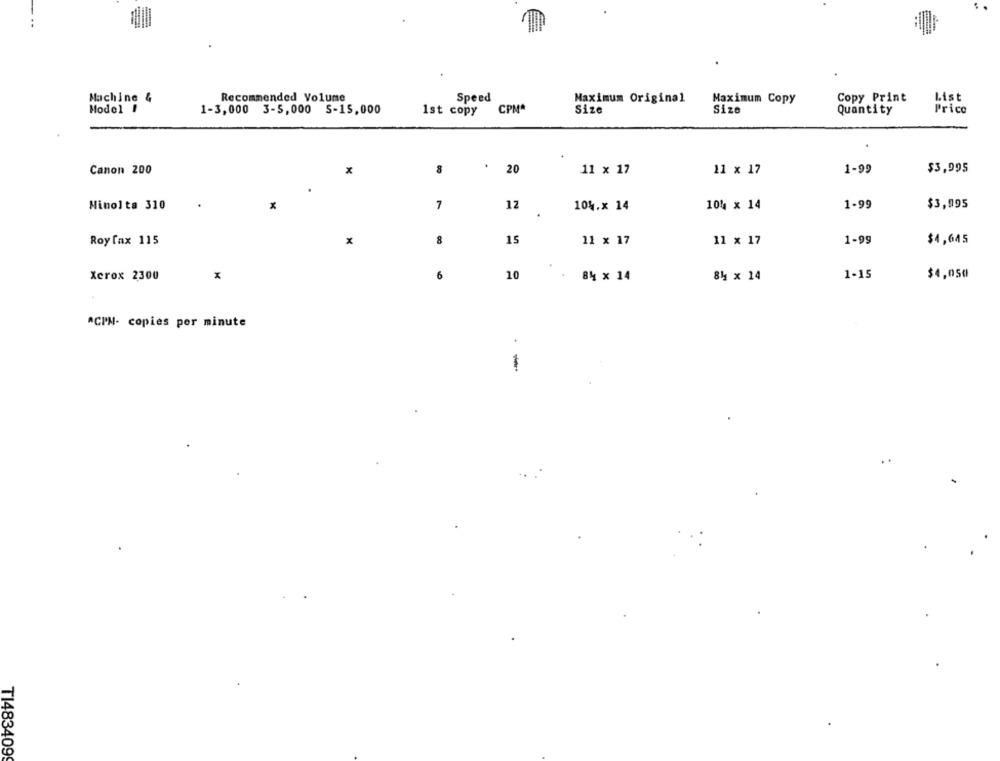
Machine &
Recommended Volume
Speed
Maximum Original
Maximum Copy
Copy Print
List
Model I
1-3,000
3-5,000
S-15,000
1st copy
CPM*
Size
Size
Quantity
Price
.
$3,995
Canon 200
8
20
11 × 17
11 × 17
1-99
x
7
12
1-99
$3,895
Minolta 310
104.x 14
104 × 14
Roy fax 115
x
8
15
11 x 17
11 × 17
1-99
$4,645
6
1-15
Xerox 2300
10
84 x 14
84 x 14
$4,050
ACIN- copies per minute
-
T1483409